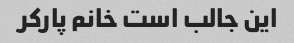
این جالب است خانم پارکر